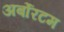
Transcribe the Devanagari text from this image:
अर्बोरटम